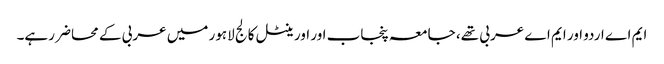
ایم اے اردو اور ایم اے عربی تھے، جامعہ پنجاب اور اورینٹل کالج لاہور میں عربی کے محاضر رہے۔